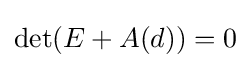
\det(E+A(d))=0